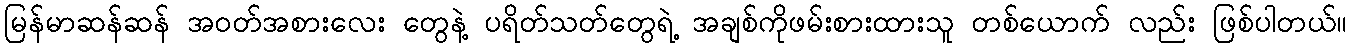
မြန်မာဆန်ဆန် အဝတ်အစားလေး တွေနဲ့ ပရိတ်သတ်တွေရဲ့ အချစ်ကိုဖမ်းစားထားသူ တစ်ယောက် လည်း ဖြစ်ပါတယ်။